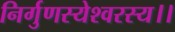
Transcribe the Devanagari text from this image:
निर्गुणस्येश्वरस्य।।